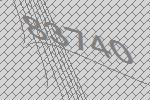
83740